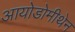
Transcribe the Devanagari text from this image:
आयोडोमीथेन